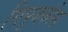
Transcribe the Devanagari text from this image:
गिपूजकोया